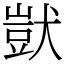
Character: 獃